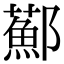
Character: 𨟂